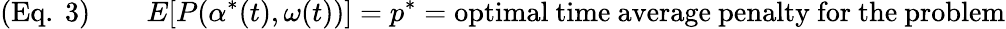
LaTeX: ({\mathrm{Eq.~}}3)\qquad E[P(\alpha^{*}(t),\omega(t))]=p^{*}={\mathrm{optimal~time~average~penalty~for~the~problem}}